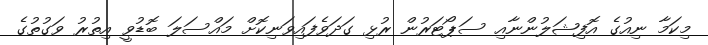
މިކަމާ ނިއުގެ އޮފިޝަލުންނާއި ސަޕޯޓަރުން ރުޅި ގަދަވެފައިވަނިކޮށް މައްސަލަ ބޮޑުވީ އިތުރު ވަގުތުގެ